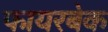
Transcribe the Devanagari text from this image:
फायरबेक